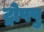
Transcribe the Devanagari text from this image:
ट्रोपपु